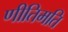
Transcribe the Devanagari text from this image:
णीतिमति